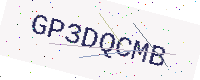
Text: GP3DQCMB